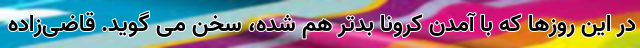
در این روزها که با آمدن کرونا بدتر هم شده، سخن می گوید. قاضی‌زاده